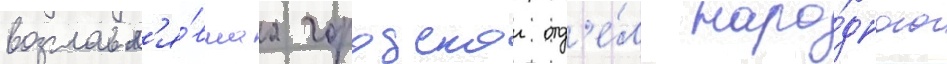
возглавл'я́вшаа городскои отд'е́л наро́дного